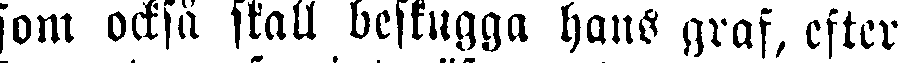
som också skall beskugga hans graf, efter